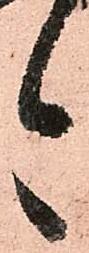
今